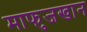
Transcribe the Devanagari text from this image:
माफुजखान